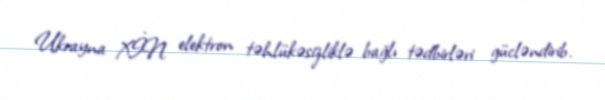
Ukrayna XİN elektron təhlükəsizliklə bağlı tədbirləri gücləndirib.